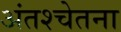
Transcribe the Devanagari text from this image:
अंतश्‍चेतना